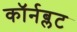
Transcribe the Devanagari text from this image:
कॉर्नब्लट